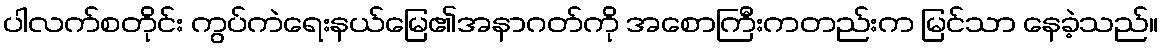
ပါလက်စတိုင်း ကွပ်ကဲရေးနယ်မြေ၏အနာဂတ်ကို အစောကြီးကတည်းက မြင်သာ နေခဲ့သည်။